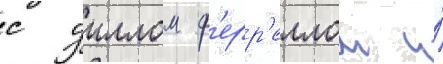
с уиллом ф'ерр'еллом и́